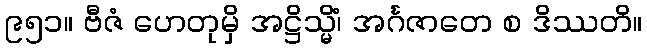
၉၅၁။ ဗီဇံ ဟေတုမှိ အဋ္ဌိသ္မိံ၊ အင်္ဂဇာတေ စ ဒိဿတိ။